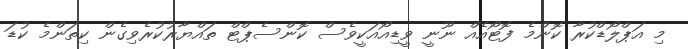
މި އަޕްލޯޑްކުރާ ކޮންމެ ފޮޓޯއެއް ނޫނީ ވީޑިއޯއަކީވެސް ކޮންސެޕްޓް ތައްޔާރުކުރެވިގެން ކިތަންމެ ކުޑަ